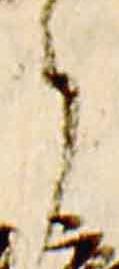
事